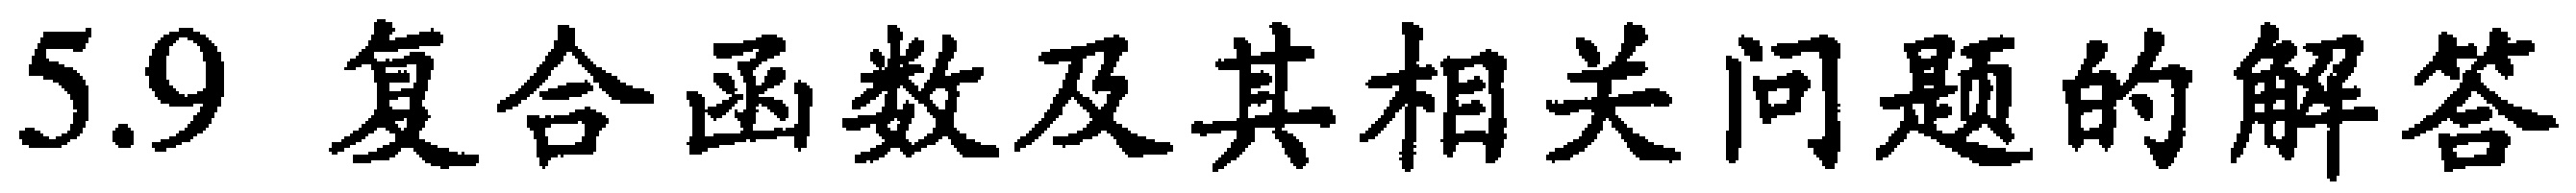
5.9 复合函数及其相关问题的解答